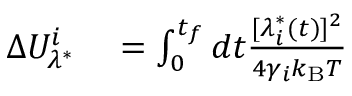
\begin{array} { r l } { \Delta U _ { \lambda ^ { * } } ^ { i } } & { { } = \int _ { 0 } ^ { t _ { f } } d t \frac { [ \lambda _ { i } ^ { * } ( t ) ] ^ { 2 } } { 4 \gamma _ { i } k _ { \mathrm { B } } T } } \end{array}